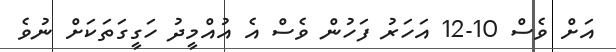
އަށް ވެސް 10-12 އަހަރު ފަހުން ވެސް އެ އުއްމީދު ހަގީގަތަކަށް ނުވެ